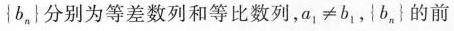
{b_{n}}分别为等差数列和等比数列，$$a _ { 1 } ≠ b _ { 1 }$$，{b_{n}}的前